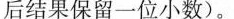
后结果保留一位小数)。